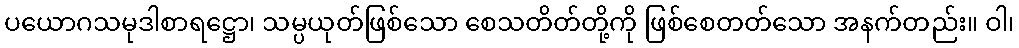
ပယောဂသမုဒါစာရဋ္ဌော၊ သမ္ပယုတ်ဖြစ်သော စေသတိတ်တို့ကို ဖြစ်စေတတ်သော အနက်တည်း။ ဝါ၊